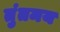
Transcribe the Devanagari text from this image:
तुंतमय